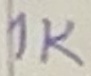
Text: 1K